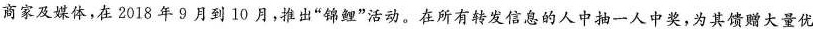
商家及媒体，在2018年9月到10月，推出”锦鲤”活动。在所有转发信息的人中抽一人中奖，为其馈赠大量优